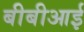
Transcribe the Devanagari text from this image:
बीबीआई